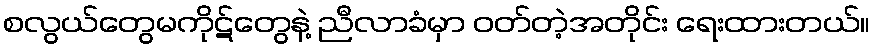
စလွယ်တွေမကိုဋ်တွေနဲ့ ညီလာခံမှာ ဝတ်တဲ့အတိုင်း ရေးထားတယ်။